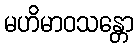
မဟိမာဝသန္တော